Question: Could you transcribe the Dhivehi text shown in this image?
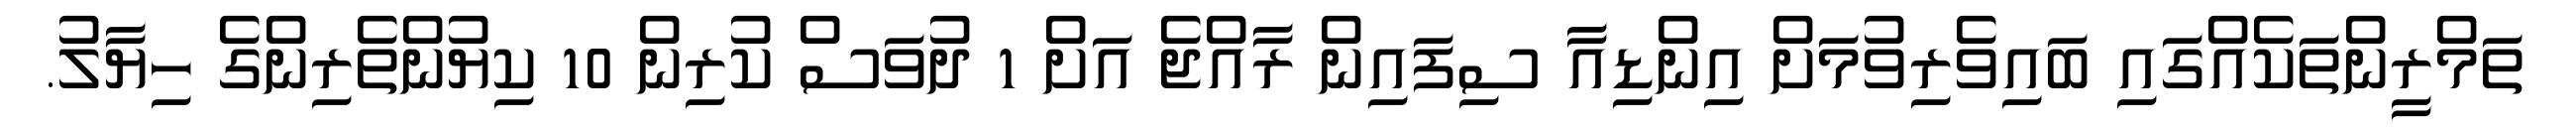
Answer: ތަމްރީންތަކެއްގައި ބައިވެރިވުމަށް އިންޑިއާ ސިފައިން ރާއްޖެ އަށް 1 ދުވަސް ކުރިން 10 ކިޔުންތެރިންގެ ހިޔާލު.